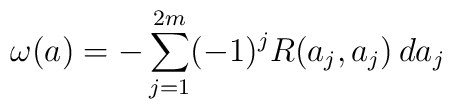
\omega(a)=-\sum_{j=1}^{2m}(-1)^j R(a_j,a_j)\, da_j